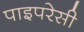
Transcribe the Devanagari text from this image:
पाइपरेसी